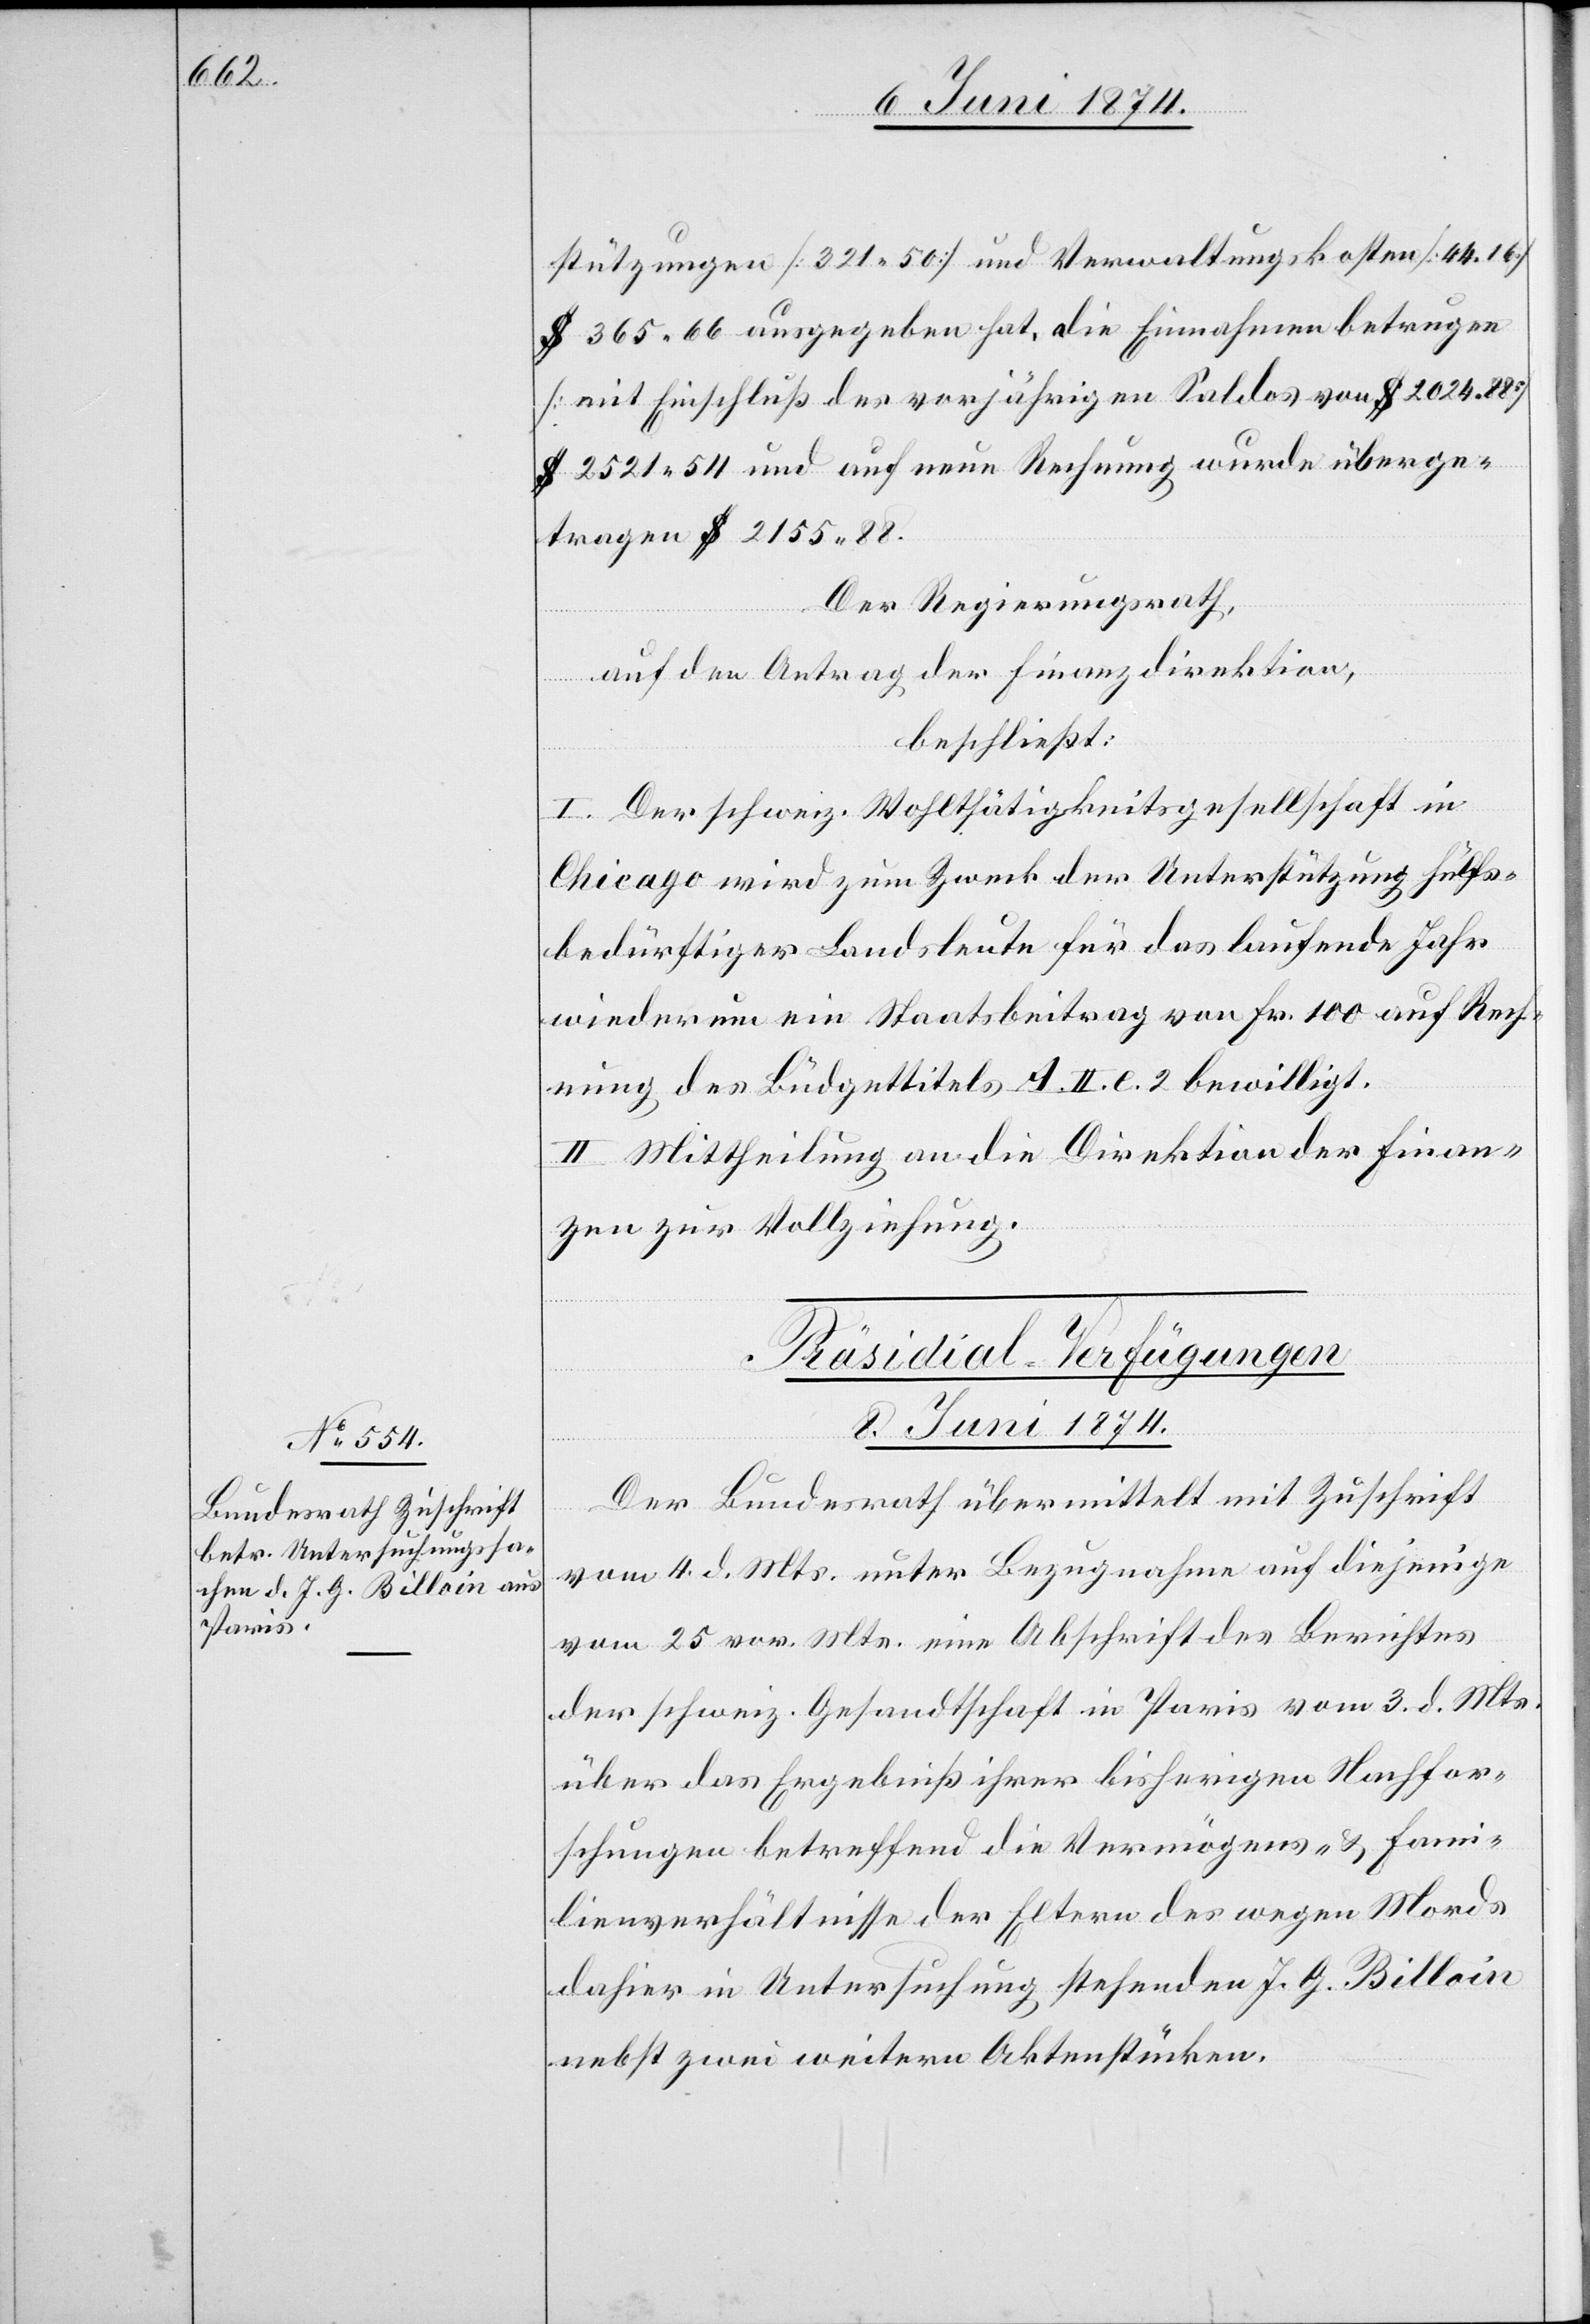
stützungen [321.50] und Verwaltungskosten [44.16]
$ 365.66 ausgegeben hat, die Einnahmen betrugen
[mit Einschluß des vorjährigen Saldos von $ 2024.88]
$ 2521.54 und auf neue Rechnung wurden überge¬
tragen $ 2155.88.
Der Regierungsrath,
auf den Antrag der Finanzdirektion,
beschließt:
I. Der schweiz. Wohlthätigkeitsgesellschaft in
Chicago wird zum Zweck der Unterstützung hülfs¬
bedürftiger Landsleute für das laufende Jahr
wiederum ein Staatsbeitrag von Fr. 100 auf Rech¬
nung des Büdgettitels A. II. e. 2 bewilligt.
II. Mittheilung an die Direktion der Finan¬
zen zur Vollziehung.
Präsidial-Verfügungen
8. Juni 1874.
Der Bundesrath übermittelt mit Zuschrift
vom 4. d. Mts. unter Bezugnahme auf diejenige
vom 25. vor. Mts. eine Abschrift des Berichtes
der schweiz. Gesandtschaft in Paris vom 3. d. Mts.
über das Ergebniß ihrer bisherigen Nachfor¬
schungen betreffend die Vermögens- u. Fami¬
lienverhältnisse der Eltern des wegen Mords
dahier in Untersuchung stehenden J. G. Billoin
nebst zwei weitern Aktenstücken.